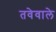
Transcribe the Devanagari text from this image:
तवेवाले